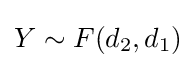
Y\sim F(d_{2},d_{1})